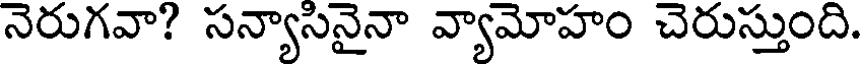
నెరుగవా? సన్యాసినైనా వ్యామోహం చెరుస్తుంది.